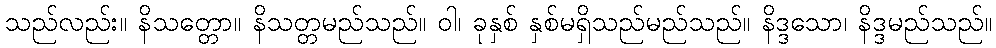
သည်လည်း။ နိသတ္တော။ နိသတ္တမည်သည်။ ဝါ၊ ခုနှစ် နှစ်မရှိသည်မည်သည်။ နိဒ္ဒသော၊ နိဒ္ဒမည်သည်။